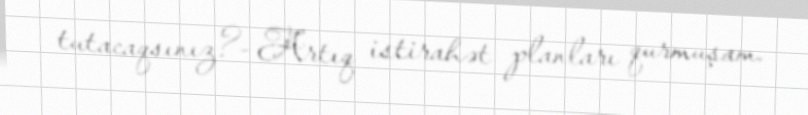
tutacaqsınız?- Artıq istirahət planları qurmuşam.